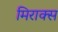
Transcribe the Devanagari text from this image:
मिराक्स